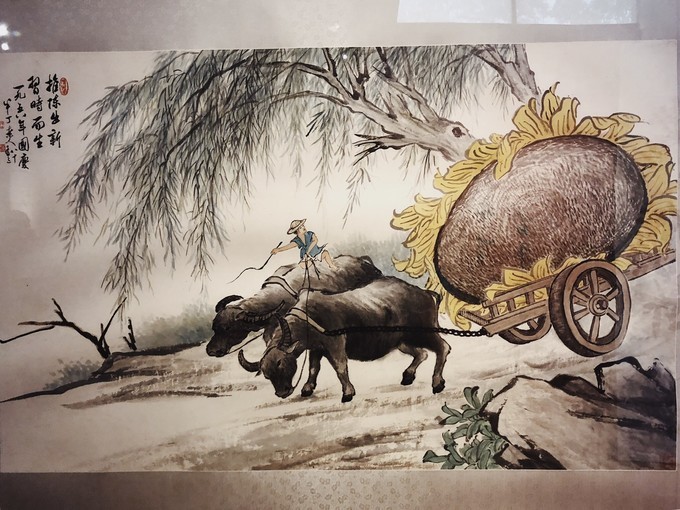
雨晴烟晚。绿水新池满。